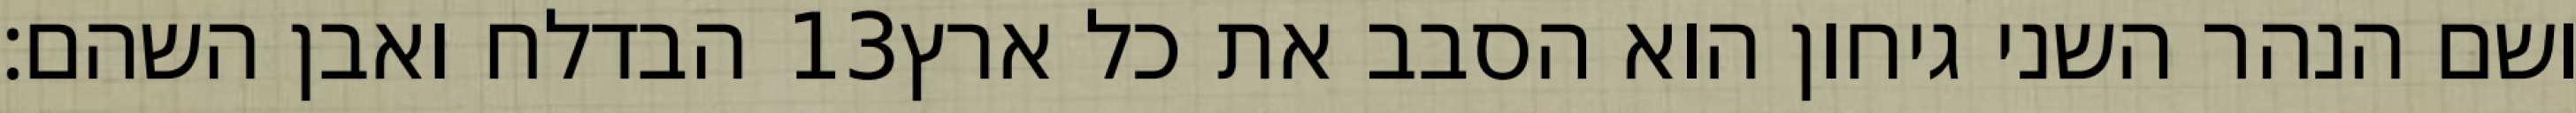
הבדלח ואבן השהם׃ ‎13‏ ושם הנהר השני גיחון הוא הסבב את כל ארץ